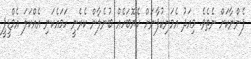
ފެންނާކަށް ނެތެވެ. މިއަދު އެމަނިކުފާނަށް ހެޔޮބަހެއް ބުނެލާން ކެރެނީ ހަމައެކަނި އެއްކަލަ އެމްޑީޕީ